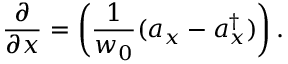
\frac { \partial } { \partial x } = \left( \frac { 1 } { w _ { 0 } } ( a _ { x } - a _ { x } ^ { \dag } ) \right) .